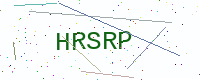
Text: HRSRP